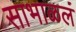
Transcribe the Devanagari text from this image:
साभाळलं